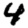
Digit: 4